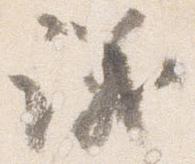
議